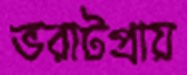
ভরাটপ্রায়